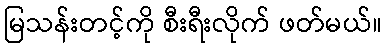
မြသန်းတင့်ကို စီးရီးလိုက် ဖတ်မယ်။